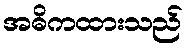
အဓိကထားသည်